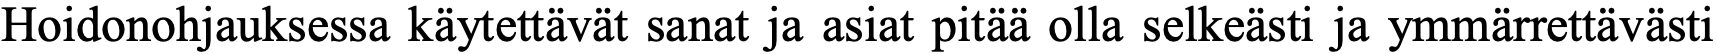
Hoidonohjauksessa käytettävät sanat ja asiat pitää olla selkeästi ja ymmärrettävästi